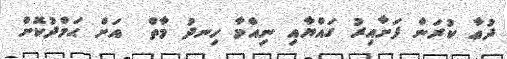
ދުޢާ ކުރަން ފަށާއިރު ގައްޔާއި ނިއްމާ ހިނދު މާތް  އަށް ޙަމްދުކޮށް